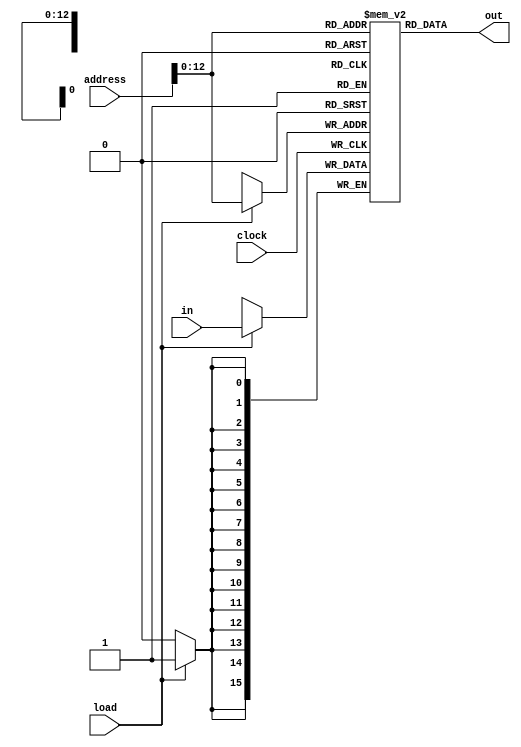


module RAM16K(input[15:0] in, input clock, load, input[13:0] address, output[15:0] out);
  reg[15:0] m[0:2**13-1];
	
  assign out = m[address];
	
  always @(posedge clock) begin
    if (load) m[address] = in;
  end
endmodule